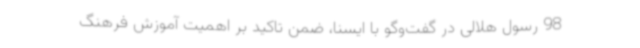
98 رسول هلالی در گفت‌وگو با ایسنا، ضمن تاکید بر اهمیت آموزش فرهنگ